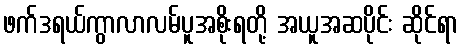
ဖက်ဒရယ်ကွာလာလမ်ပူအစိုးရတို့ အယူအဆပိုင်း ဆိုင်ရာ